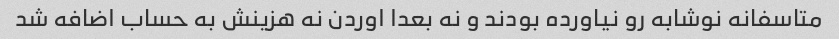
متاسفانه نوشابه رو نیاورده بودند و نه بعدا اوردن نه هزینش به حساب اضافه شد